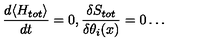
\frac { d \langle H _ { t o t } \rangle } { d t } = 0 , \frac { \delta S _ { t o t } } { \delta \theta _ { i } ( x ) } = 0 \ldots